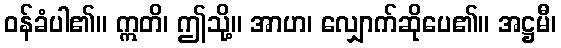
ဝန်ခံပါ၏။ ဣတိ၊ ဤသို့။ အာဟ၊ လျှောက်ဆိုပေ၏။ အဋ္ဌမီ၊